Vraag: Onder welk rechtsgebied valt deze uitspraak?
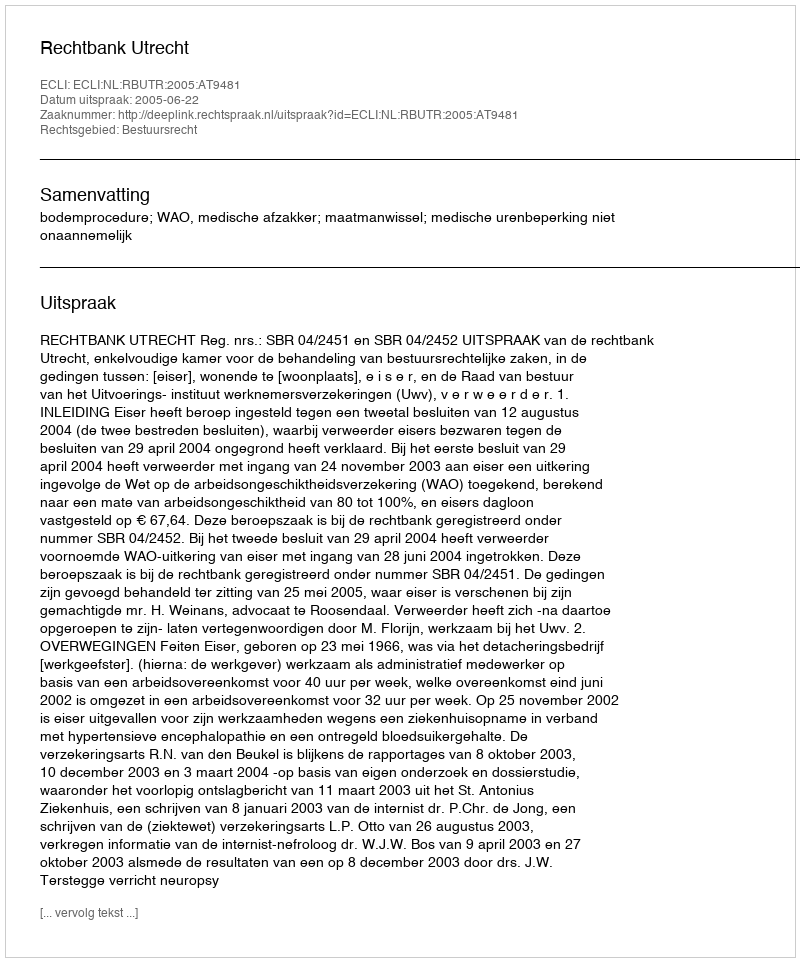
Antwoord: Bestuursrecht